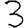
Digit: 3